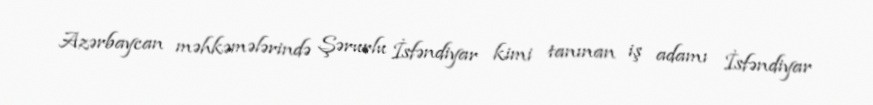
Azərbaycan məhkəmələrində Şərurlu İsfəndiyar kimi tanınan iş adamı İsfəndiyar